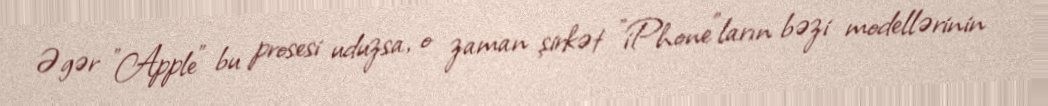
Əgər "Apple" bu prosesi uduzsa, o zaman şirkət "iPhone"ların bəzi modellərinin